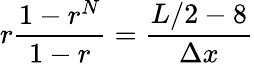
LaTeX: r\frac{1-r^{N}}{1-r}=\frac{L/2-8}{\Delta x}